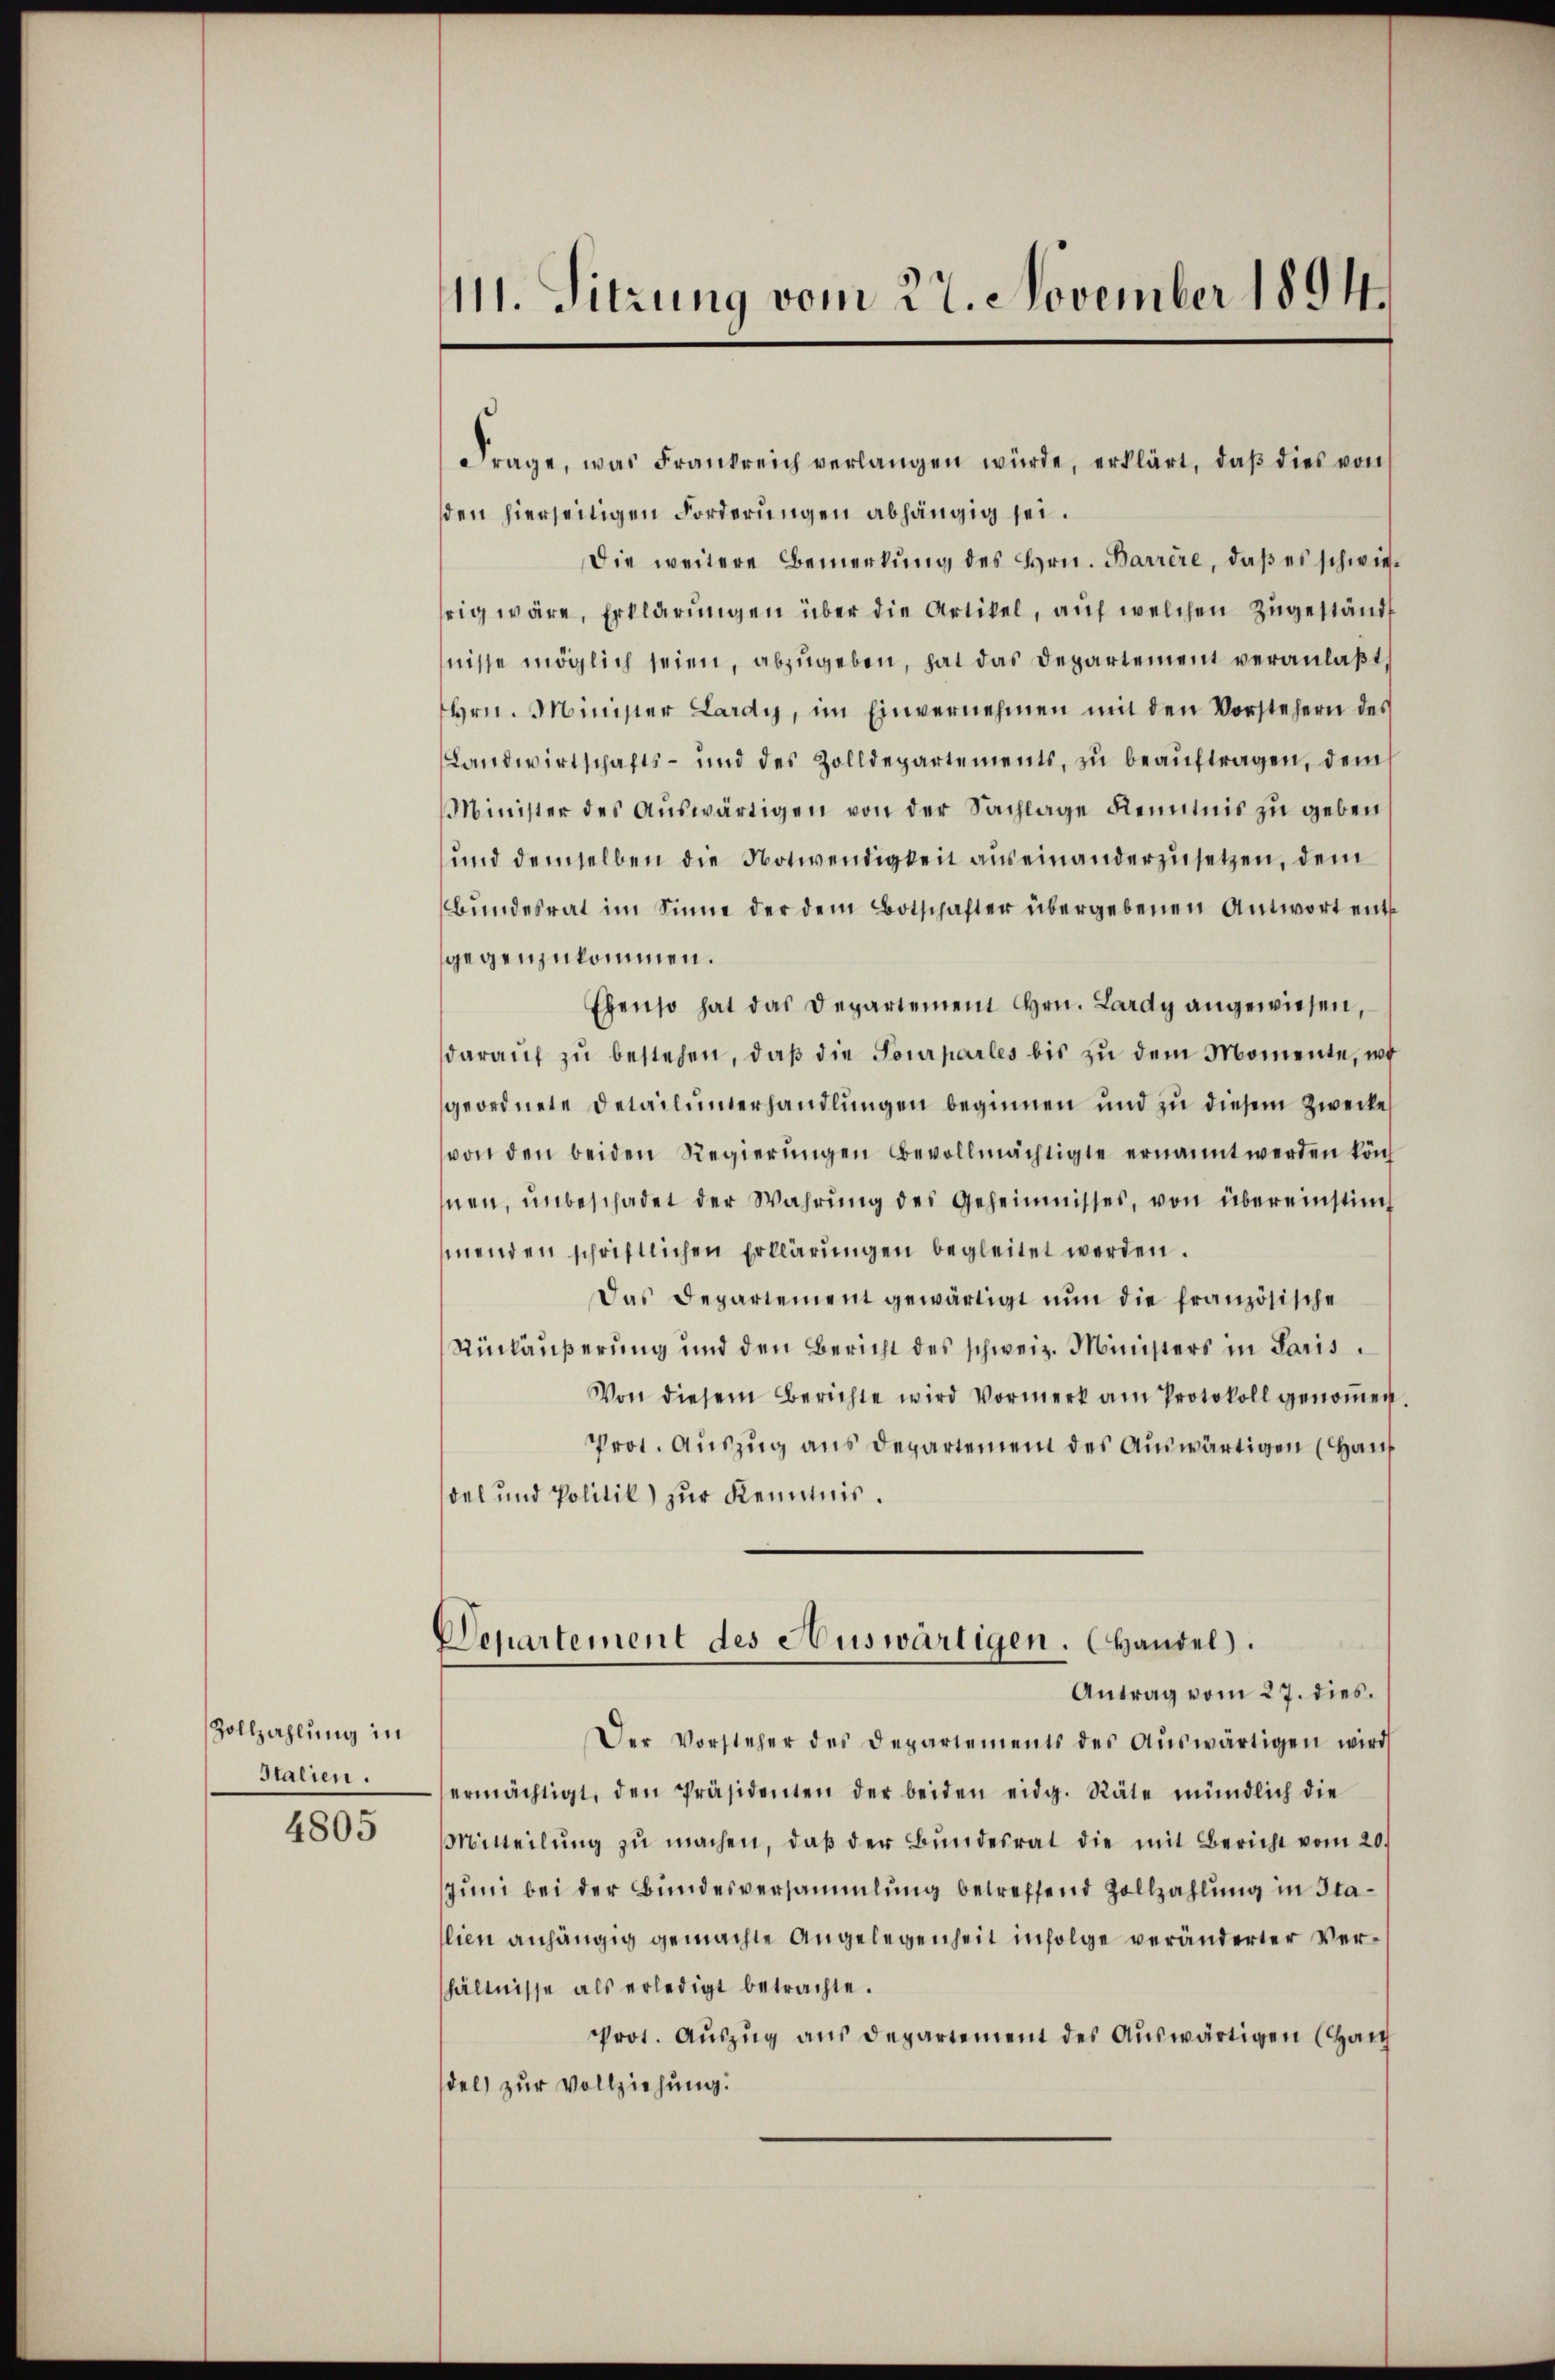
Zollzahlung in
Italien.

4805

111. Sitzung vom 27. November 1894.

Frage, was Frankreich verlangen würde, erklärt, daß dies von
den hierseitigen Forderungen abhängig sei.
Die weitere Bemerkŭng des Hrn. Barrire, daβ es schwierig wäre, Erklärŭngen über die Artikel, auf welchen Zugeständ
nisse möglich seien, abzugeben, hat das Departement veranlaßt,
Hrn. Minister Lardy, im Einvernehmen mit den Vorstehern des
Landwirtschafts- und des Zolldepartements, zŭ beaŭftragen, dem
Minister des Aŭswärtigen von der Sachlage Kenntnis zu geben.
und demselben die Notwendigkeit auseinanderzusetzen, dem
bŭndesrat im Sinne der dem Botschafter übergebenen Antwort entgegenzukommen.
Ebenso hat das Departement Hrn. Lardy angewiesen,
daraŭf zŭ bestehen, daβ die Tourpartes bis zu dem Momente, wo
geordnete Detailunerhandlŭngen beginnen und zu diesem Zwecke
von den beiden Regierŭngen bevollmächtigte ernannt werden kön
nen, ŭnbeschadet der Wahrŭng des Geheimnisses, von übereinstimmenden schriftlichen Erklärŭngen begleitet werden.
Das Departement gewärtigt nŭn die französische
Rückäußerung und den Bericht des schweiz. Ministers in Paris
Von diesem Berichte wird Vormerk am Protokoll genoṁen
Prot. Auszug aus Departement des Auswärtigen (Hauf
del und Politik zur Kenntnis.
Departement des Auswärtigen. (Handel.
Antrag vom 27. dies
Der Vorsteher des Departements des Aŭswärtigen wird
ermächtigt, den Präsidenten der beiden eidg. Räte mündlich die
Mitteilŭng zŭ machen, daβ der Bŭndesrat die mit Bericht vom 20.
Juni bei der Bundesversammlung betreffend Zollzahlung in Stalien anhängig gemachte Angelegenheit infolge veränderter Verhältnisse als erledigt betrachte.
Prot. Auszug aus Departement des Auswärtigen (Han
del) zur Vollziehung.